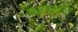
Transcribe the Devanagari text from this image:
लग्नविधींत